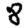
Digit: 8